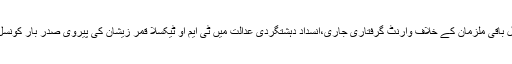
عدالت نے مرکزی ملزم کو جوڈیشل کردیا،کسی میں شامل باقی ملزمان کے خلاف وارنٹ گرفتاری جاری،انسداد دہشتگردی عدالت میں ٹی ایم او ٹیکسلا قمر زیشان کی پیروی صدر بار کونسل گوجر خان عامر قریشی ایڈووکیٹ اور انکی ٹیم نے کی۔